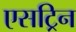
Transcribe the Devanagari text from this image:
एसट्रिन